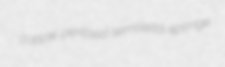
copple pentosid semolella eponge